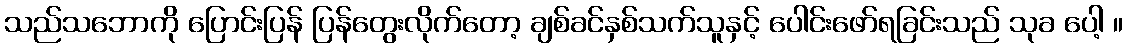
သည်သဘောကို ပြောင်းပြန် ပြန်တွေးလိုက်တော့ ချစ်ခင်နှစ်သက်သူနှင့် ပေါင်းဖော်ရခြင်းသည် သုခ ပေါ့ ။